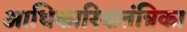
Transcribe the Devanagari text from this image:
आधिकारिकतंत्रिका